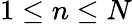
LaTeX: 1\leq n\leq N